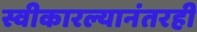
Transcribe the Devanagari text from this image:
स्वीकारल्यानंतरही